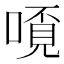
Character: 𫫗